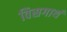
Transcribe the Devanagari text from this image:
विसगार्थ